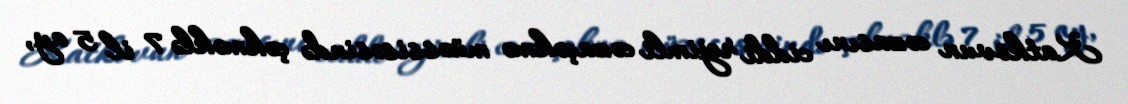
Katkovun cəzasını ciddi rejimli cəzaçəkmə müəssisəsində çəkməklə 7 il 5 ay,